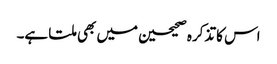
اس کا تذکرہ صحیحین میں بھی ملتا ہے۔